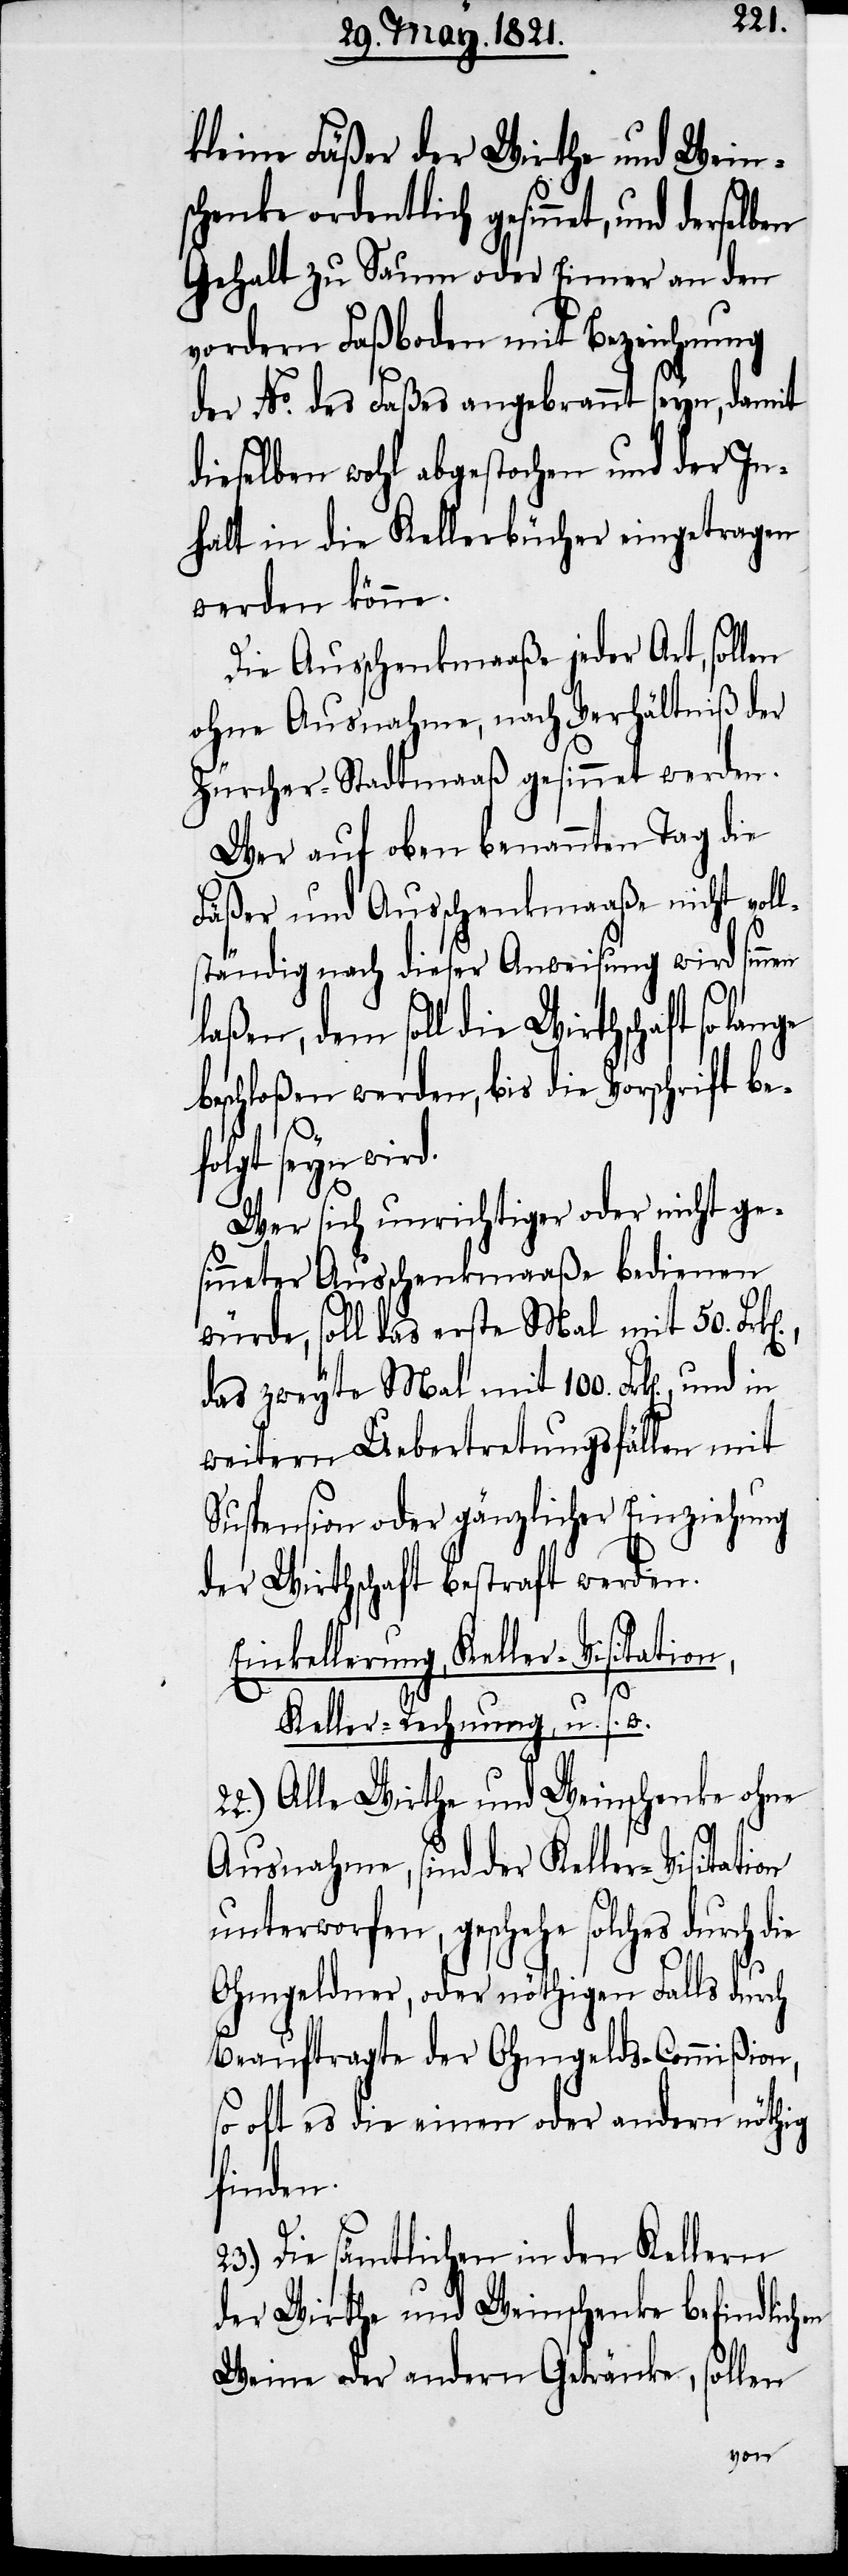
kleine Fäßer der Wirthe und Wein¬
schenke ordentlich gesinnet, und de¬
Gehalt zu Saum oder Eimer an den
vordern Faßboden mit Bezeichnung
der No. des Faßes angebrannt seyn, damit
dieselben wohl abgestochen und der In¬
halt in die Kellerbücher eingetragen
werden könne.
Die Ausschenkmaaße jeder Art, sollen
ohne Ausnahme, nach Verhältniß der
Zürcher-Stadtmaaß gesinnet werden.
Wer auf oben benannten Tag die
Fäßer und Ausschenkmaaße nicht voll¬
ständig nach dieser Anweisung wird sinn¬
en
d.
laßen, dem soll die Wirthschaft so lan¬
beschloßen werden, bis die Vorschrift bef¬
olgt seyn wir¬
Wer sich unrichtiger oder nicht ge¬
sinneter Ausschenkmaaße bedienen
würde, soll das erste Mal mit 50.
das zweyte Mal mit 100. Frk[en]. und
weitern Uebertretungsfällen mit
Suspension oder gänzlicher Entziehung
der Wirthschaft bestraft werden.
Einkellerung, Keller-Visitation,
Keller-Rechnung, u. s.
22.) Alle Wirthe und Weinschenke ohne
Ausnahme, sind der Keller-Visitation
unterworfen, geschehe solches
Ohmgeldner, oder nöthigen Falls durch
Beauftragte der Ohmgelds-Commißion,
so oft es die einen oder andern nöthig
finden.
Die sämtlichen in den Kellern
der Wirthe und Weinschenke befindlichen
Weine oder andern Getränke, sollen